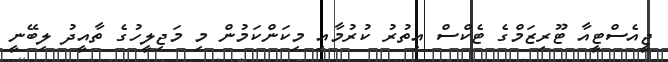
ޖީއެސްޓީއާ ޓޫރިޒަމްގެ ޓެކްސް އިތުރު ކުރުމާއި މިކަންކަމުން މި މަޖިލީހުގެ ތާއީދު ލިބޭނީ